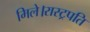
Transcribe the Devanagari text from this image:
मिले।रास्ट्रपति